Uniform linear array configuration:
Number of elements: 32
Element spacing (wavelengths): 0.5
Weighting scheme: binomial
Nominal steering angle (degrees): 15
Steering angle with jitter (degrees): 13.622
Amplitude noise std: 0.05
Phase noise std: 0.05

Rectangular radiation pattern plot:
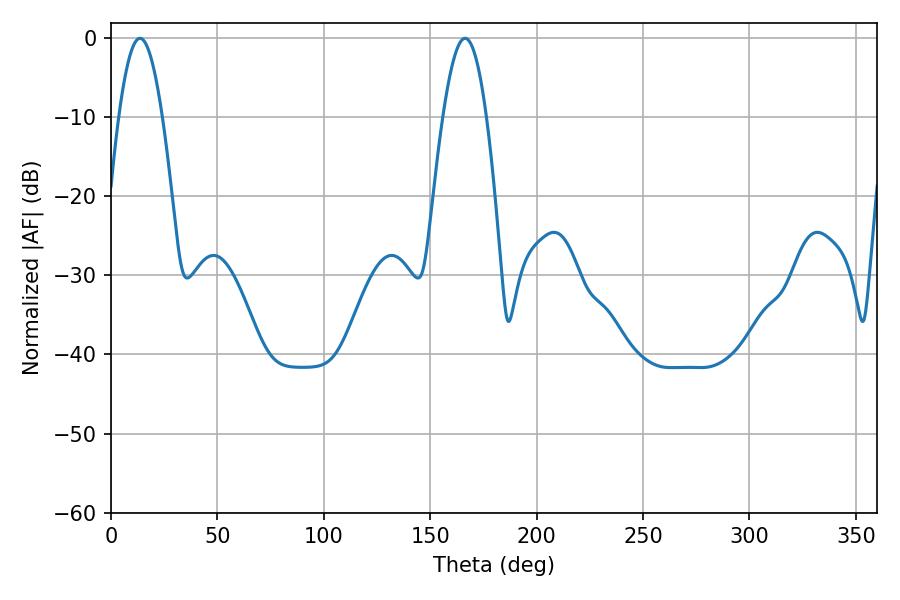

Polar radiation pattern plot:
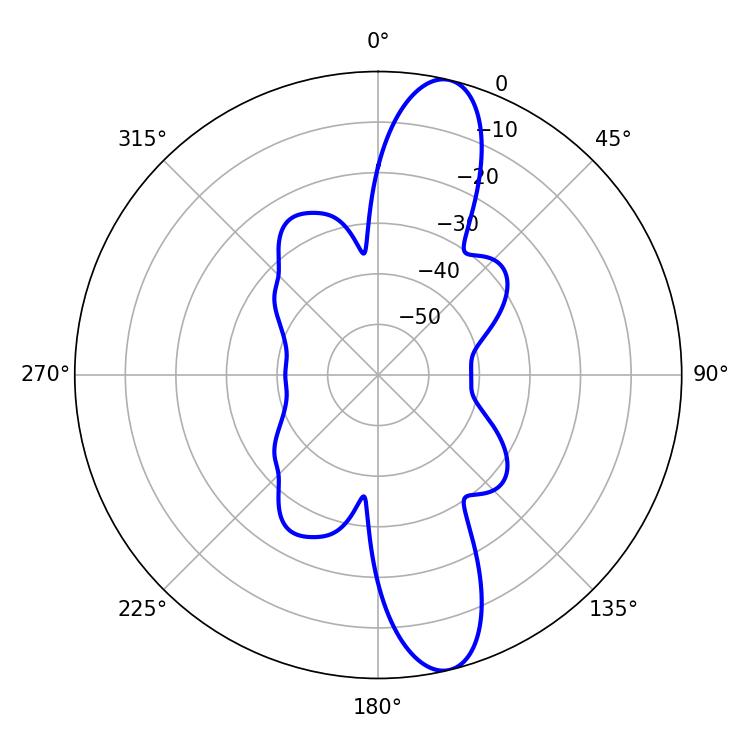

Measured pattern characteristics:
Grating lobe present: FALSE
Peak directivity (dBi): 13.05
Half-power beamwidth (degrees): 11.16
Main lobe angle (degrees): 13.68